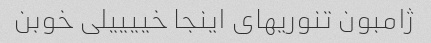
ژامبون تنوریهای اینجا خییییلی خوبن